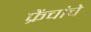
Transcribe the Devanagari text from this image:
फ्रेंचांचे